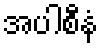
အပါစီနံ